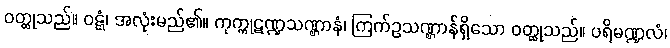
ဝတ္ထုသည်။ ဝဋ္ဋံ၊ အလုံးမည်၏။ ကုက္ကုဋဏ္ဍသဏ္ဌာနံ၊ ကြက်ဥသဏ္ဌာန်ရှိသော ဝတ္ထုသည်။ ပရိမဏ္ဍလံ၊